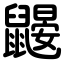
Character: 鼹